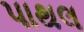
પાથલ